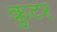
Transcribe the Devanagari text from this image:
कुटर